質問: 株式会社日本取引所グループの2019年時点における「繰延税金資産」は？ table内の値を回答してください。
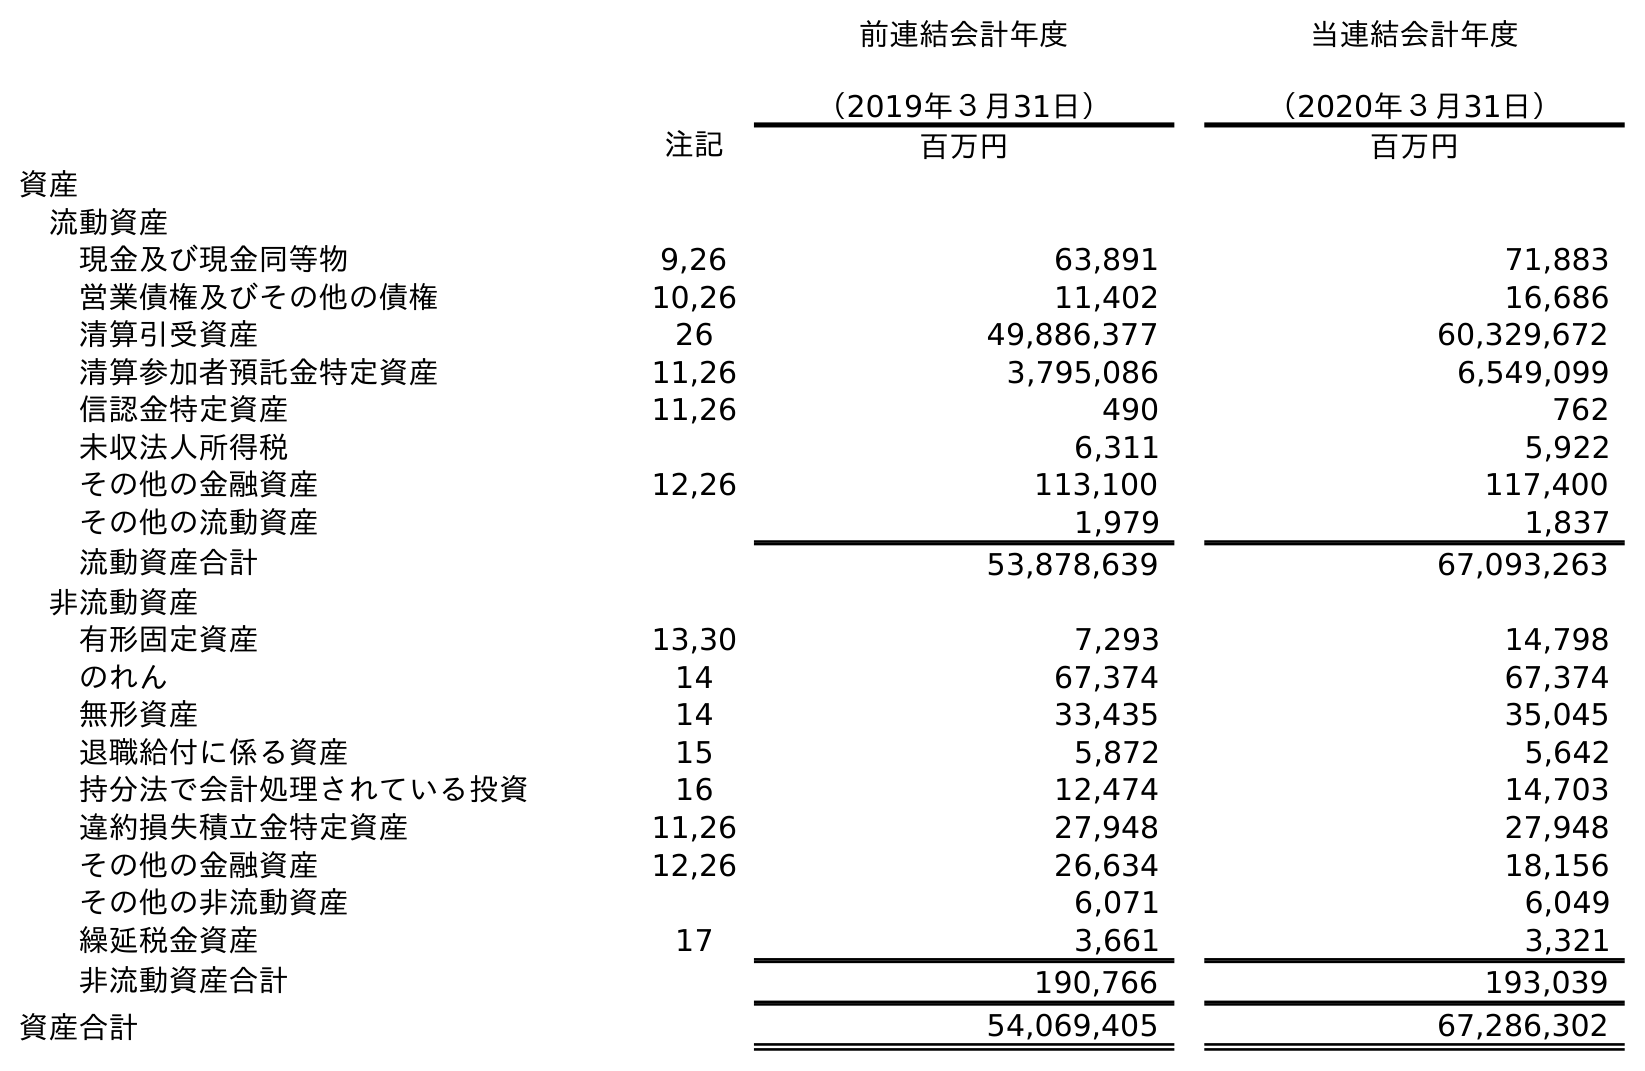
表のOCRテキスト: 前連結会計年度 （2019年３月31日） 当連結会計年度 （2020年３月31日） 注記 百万円 百万円 資産 流動資産 現金及び現金同等物 9,26 63,891 71,883 営業債権及びその他の債権 10,26 11,402 16,686 清算引受資産 26 49,886,377 60,329,672 清算参加者預託金特定資産 11,26 3,795,086 6,549,099 信認金特定資産 11,26 490 762 未収法人所得税 6,311 5,922 その他の金融資産 12,26 113,100 117,400 その他の流動資産 1,979 1,837 流動資産合計 53,878,639 67,093,263 非流動資産 有形固定資産 13,30 7,293 14,798 のれん 14 67,374 67,374 無形資産 14 33,435 35,045 退職給付に係る資産 15 5,872 5,642 持分法で会計処理されている投資 16 12,474 14,703 違約損失積立金特定資産 11,26 27,948 27,948 その他の金融資産 12,26 26,634 18,156 その他の非流動資産 6,071 6,049 繰延税金資産 17 3,661 3,321 非流動資産合計 190,766 193,039 資産合計 54,069,405 67,286,302
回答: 3,661